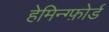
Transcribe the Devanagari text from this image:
हेमिन्ग्फ़ोर्ड